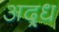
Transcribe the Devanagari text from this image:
अद्र्ध